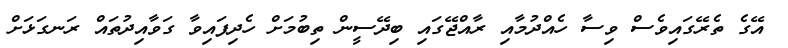
އޭގެ ތެރޭގައިވެސް ވިސާ ހެއްދުމާއި ރާއްޖޭގައި ބިދޭސީން ތިބުމަށް ހެދިފައިވާ ގަވާއިދުތައް ރަނގަޅަށް